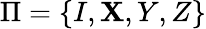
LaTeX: \Pi=\left\{ I,\mathbf{X},Y,Z\right\}